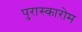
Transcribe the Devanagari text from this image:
पुरास्कारोम